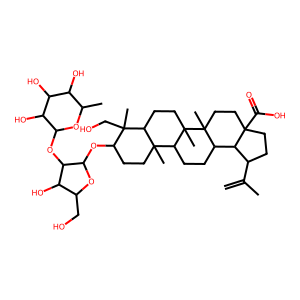
SMILES: C=C(C)C1CCC2(C(=O)O)CCC3(C)C(CCC4C5(C)CCC(OC6OC(CO)C(O)C6OC6OC(C)C(O)C(O)C6O)C(C)(CO)C5CCC43C)C12
Inhibits HIV replication: No